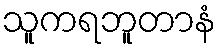
သူကရဘူတာနံ